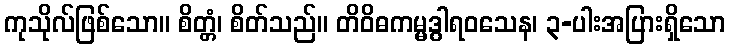
ကုသိုလ်ဖြစ်သော။ စိတ္တံ၊ စိတ်သည်။ တိဝိဓကမ္မဒွါရဝသေန၊ ၃-ပါးအပြားရှိသော